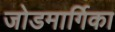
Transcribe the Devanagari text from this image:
जोडमार्गिका